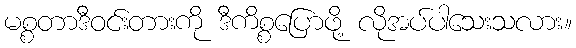
မစ္စတာဒီဝင်းတားကို ဒီကိစ္စပြောဖို့ လိုအပ်ပါသေးသလား။